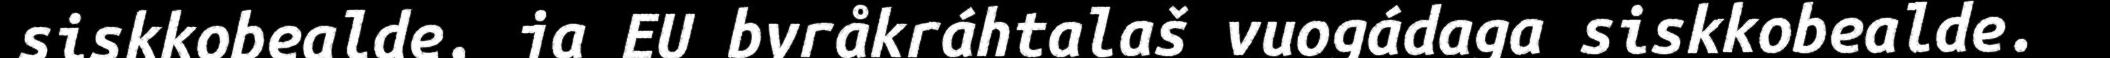
siskkobealde, ja EU byråkráhtalaš vuogádaga siskkobealde.